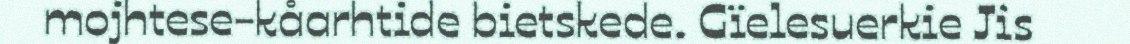
mojhtese-kåarhtide bietskede. Gïelesuerkie Jis